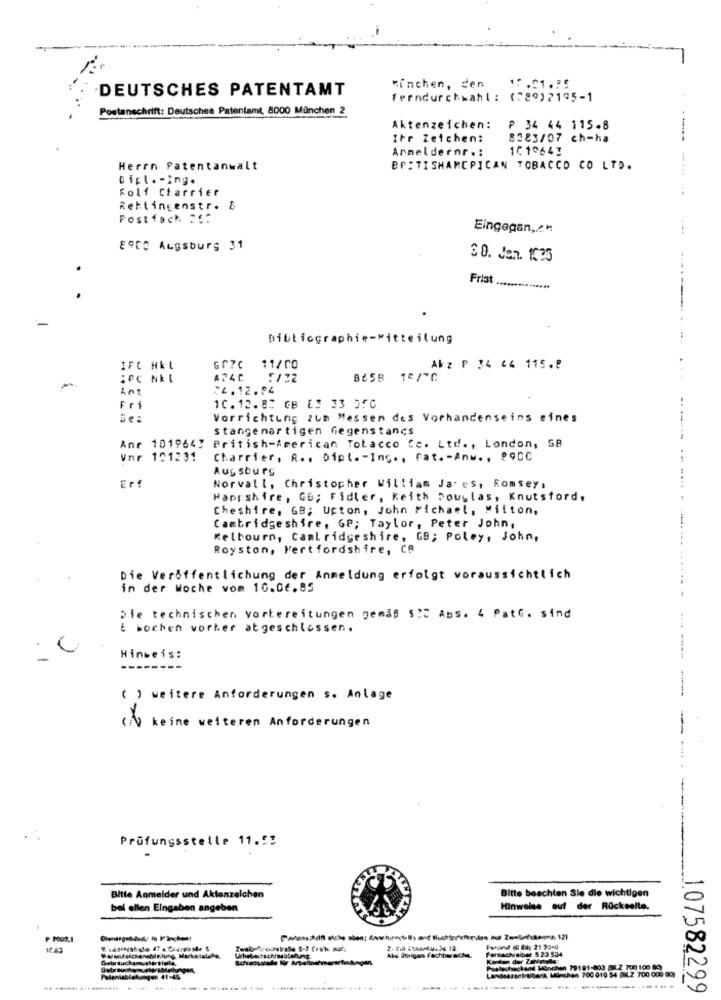
DEUTSCHES PATENTAMT
Minchen, den 15.01.75
Ferndurchwahl : (589)2195-1
Postanschrift: Deutsches Patentamt, 8000 München 2
Aktenzeichen:
₱ 34 44 115.8
Ihr Zeichen:
8383/07 ch-ha
Anmeldernr .:
101º643
Herrn Patentanwalt
BP: TISHAMCPICAN TOBACCO CO LTD.
---
Dipl. - Ing.
Folf Charrier
Rehlingenstr. &
Postfach 25:
Eingegan ,. c "
8ºCO Augsburg 31
30. Jen. 1.35
Frist ..............
-
Bibliographie-Mitteilung
IFC HKL
Gr7C
11/00
Akz ₱ 34 44 115.8
A24C
: /22
8658 1/7C
Ant
24.12.94
Fri
1C.12.83 GB ES 33 OFC
Vorrichtung zum Messen des Vorhandenseins eines
stangenartigen Gegenstands
Ane 101964] British-American Tobacco Co. Ltd ., London, 58
Vnr 101231
Charrier, R .. Dipl. - Ing ., fat. - Anw. , 89CC
Aug sburg
Erf
Norvall, Christopher William Ja: es, Romsey,
Haprshire, GB; Fidler, Keith Douglas, Knutsford,
Cheshire, GB; Upton, John Michael, Mifton,
Cambridgeshire, GP; Taylor, Peter John,
Melbourn, Cambridgeshire, GB; Poley, John,
Royston, Hertfordshire, CR
Die Veröffentlichung der Anmeldung erfolgt voraussichtlich
in der Woche vom 10.06.85
........
Die technischen vorbereitungen gemas SIC Abs. 4 PatG. sind
E wochen vorher atgeschlossen.
Hinweis:
--------
( ) weitere Anforderungen s. Anlage
(A) keine weiteren Anforderungen
Prüfungsstelle 11.53
Bitte beachten Sie die wichtigen
Bitte Anmelder und Aktenzeichen
bel ellen Eingaben angeben
Hinweise auf der Rückseite.
P 102.1
Formachsiber 523 534
marset
Aly Strigen Fachbeacha.
Poslecheckard München 79181-803 L.Z 100 100 89,
Landearantesberk München 700 010 54 .2 700 009 09)
lekumagen 41-44
.. ...... ..........
-----
.........
-----
107582299